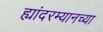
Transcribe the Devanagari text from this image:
ह्यांदरम्यानच्या